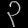
Digit: ၃